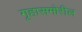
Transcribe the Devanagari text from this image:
गृहासमोरील